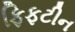
ફિફટીન